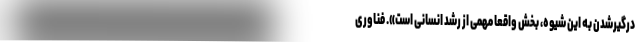
درگیرشدن به این شیوه، بخش واقعاً مهمی از رشد انسانی است». فناوریْ